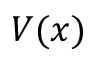
V ( x )